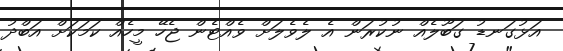
އަޅުގަނޑު ގަބޫލެއް ނުކުރަން އެ ލެވެލަށް ވެއްޓެން ޖެހޭ މީހެއް ކަމަކަށް އަބްދު